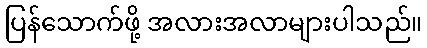
ပြန်သောက်ဖို့ အလားအလာများပါသည်။